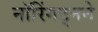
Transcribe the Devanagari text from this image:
नॉरिंगट्नने